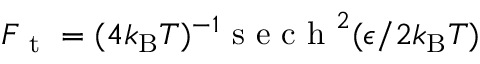
F _ { \mathrm { ~ t ~ } } = ( 4 k _ { \mathrm { B } } T ) ^ { - 1 } \mathrm { ~ s ~ e ~ c ~ h ~ } ^ { 2 } ( \epsilon / 2 k _ { \mathrm { B } } T )